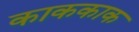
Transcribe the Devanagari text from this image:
काककाक